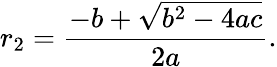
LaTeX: r_{2}={\frac{-b+{\sqrt{b^{2}-4ac}}}{2a}}.